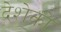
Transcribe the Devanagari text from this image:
देशेको